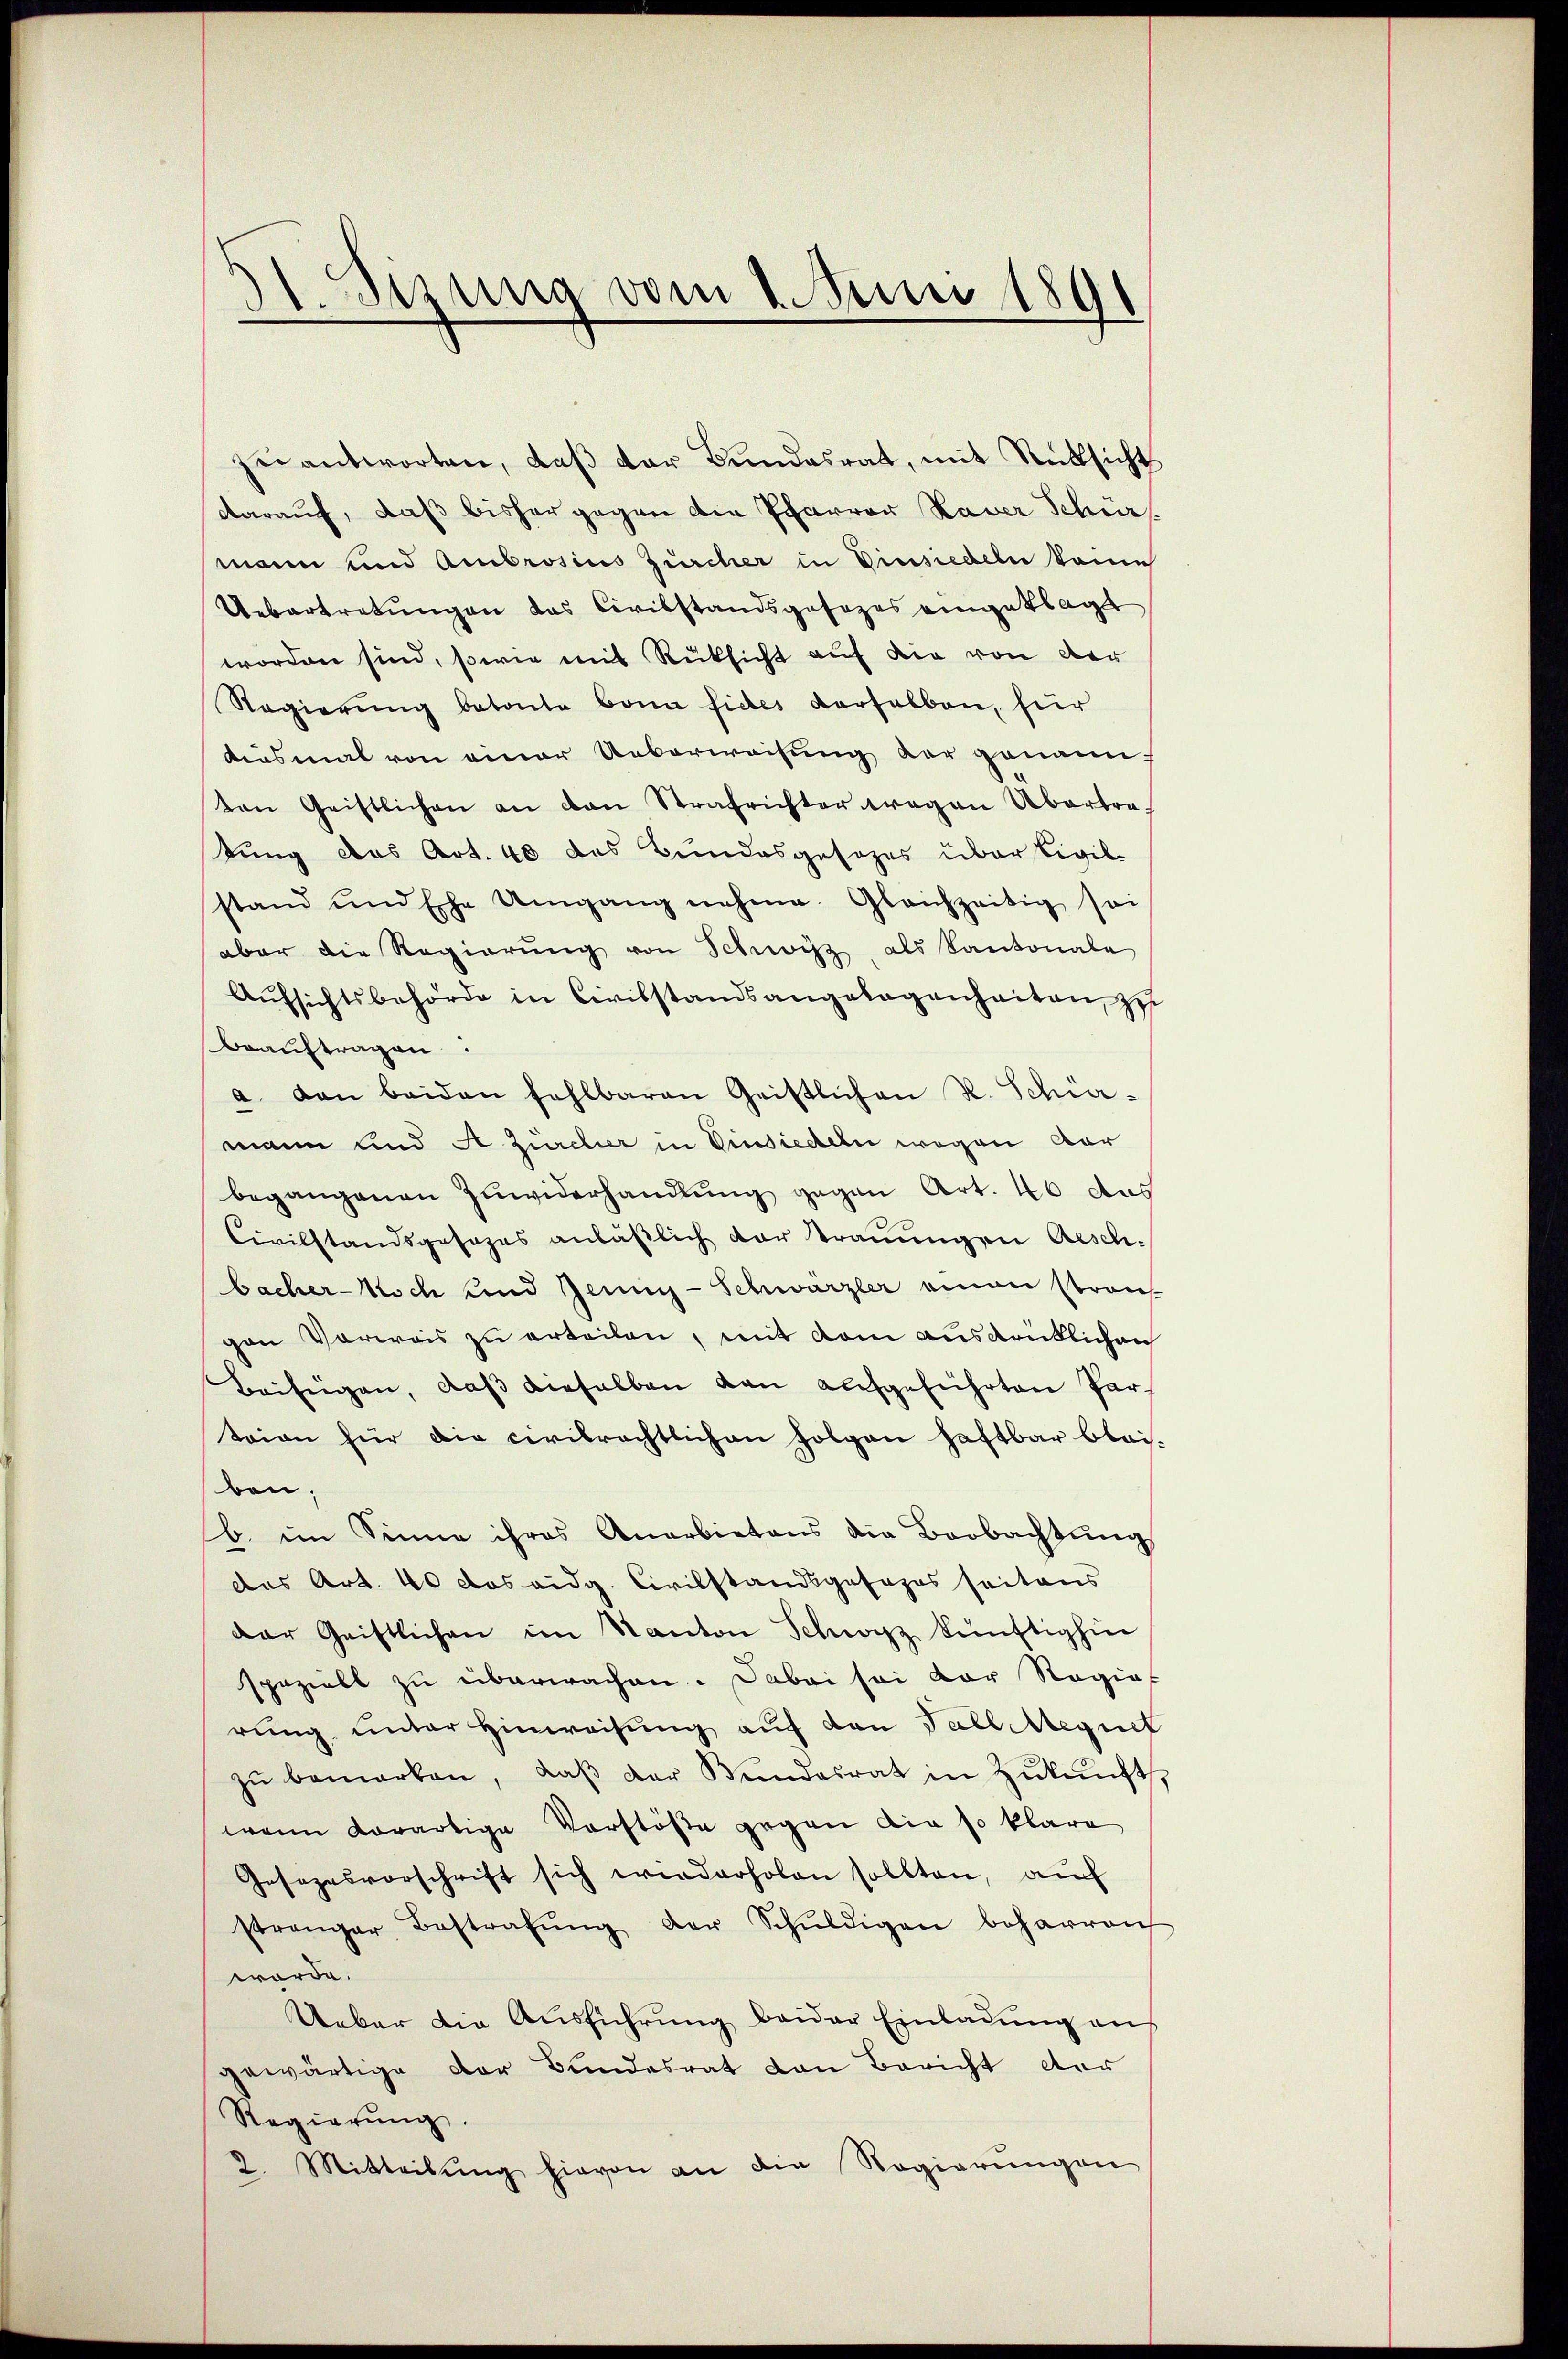
Sizung vom 2. Juni 1891

zŭantworten, daβ der Bŭndesrat, mit Rücksicht
darauf, daß bisher gegen die Pfarrer Kaver Schur
mann und Ambrosius Zürcher in Vinsiedeln keine
Uebertretŭngen das Civilstandsgesezes eingeklagt
worden sind, sowie mit Rüksicht auf die von der
Regierung betonte bona fides derselben, für
diesmal von einer Ueberweisung der genannten Geistlichen an den Strafrichter wegen Übertretung das Art. 40 des Bundesgesezes über Civil-
stand und Ehe Umgang nehme. Gleichzeitig sei
aber die Regierŭng von Schwitz als Kantonale
Aŭfsichtsbehörde in Civilstandsangelegenheiten, zu
Beauftragen.
a. dan beiden fehlbaren Geistlichen R. Schie-
mann und A. Zürcher in Einsiedeln wegen Aar
begangenen Zuwiderhandlung gegen Art. 40 aus
Civilstandsgesages anläβlich dar traumigen Aesch-
bacher-Noch und Jenin-Schwärzler einen strans
gen Vorweis zu erteilen, mit dem ausdrüklichen
Beifügen, daβ dieselben dan aufgeführten Par
taion für die civilrechtlichen Folgen haftbar blei-
ben.
b. im Sinne ihres Anerbietens die Beobachtŭng
das Art. 40 das eidg. Civilstandsgesezes seitaus
der Geistlichen im Kanton Schwyz künftighin
spezielt zu überwachen. Dabei sei der Regierŭng unter Hinweisung auf den Falleegnet
zŭ bemerken, daβ der Bundesrat in Zŭkŭnft,
wann derartige Vorstöße gegen dir so klare
Gesezesvorschrift sich wiederholen sollten, auch
strenger Bestrafŭng der Schŭldigen beharren
würde.
Ueber die Ausführung beider Einladung aus
gewärtige der Bundesrat von Bericht der
Regierŭng.
2. Mitteilŭng hievon an die Regierŭngen